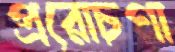
প্ররোচণা